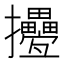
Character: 㩸